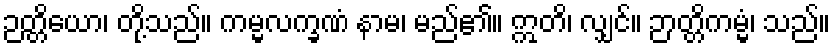
ဉတ္တိယော၊ တို့သည်။ ကမ္မလက္ခဏံ နာမ၊ မည်၏။ ဣတိ၊ လျှင်။ ဉာတ္တိကမ္မံ၊ သည်။